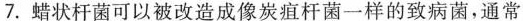
7.蜡状杆菌可以被改造成像炭疽杆菌一样的致病菌，通常